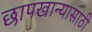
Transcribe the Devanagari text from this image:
छापखान्यासाठी